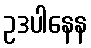
ဥဒပါနေန